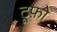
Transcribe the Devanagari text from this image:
टूफ़ो